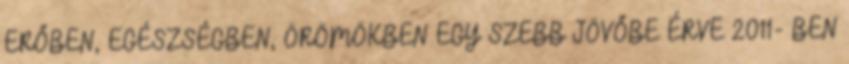
ERŐBEN, EGÉSZSÉGBEN, ÖRÖMÖKBEN EGY SZEBB JÖVŐBE ÉRVE 2011- BEN